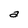
Character: a